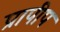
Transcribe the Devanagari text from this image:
प्रापीप